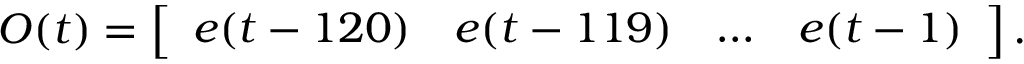
O ( t ) = \left[ \begin{array} { l l l l } { e ( t - 1 2 0 ) } & { e ( t - 1 1 9 ) } & { \ldots } & { e ( t - 1 ) } \end{array} \right] .